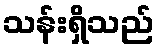
သန်းရှိသည်